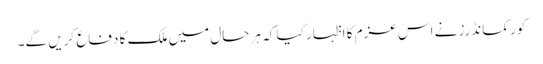
کور کمانڈرز نے اس عزم کا اظہار کیا کہ ہر حال میں ملک کا دفاع کریں گے۔